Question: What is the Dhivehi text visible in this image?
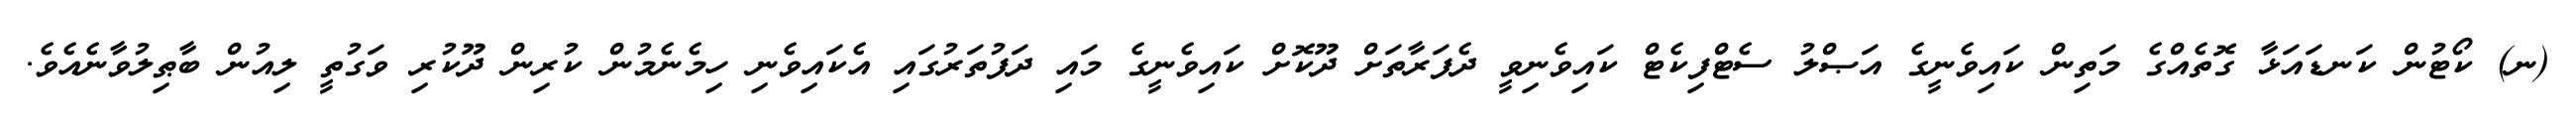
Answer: (ނ) ކޯޓުން ކަނޑައަޅާ ގޮތެއްގެ މަތިން ކައިވެނީގެ އަޞްލު ސެޓްފިކެޓް ކައިވެނިވީ ދެފަރާތަށް ދޫކޮށް ކައިވެނީގެ މައި ދަފުތަރުގައި އެކައިވެނި ހިމެނެމުން ކުރިން ދޫކުރި ވަގުތީ ލިއުން ބާޠިލުވާނެއެވެ.